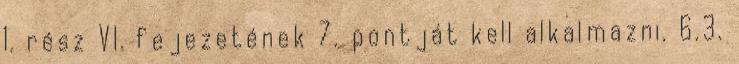
1. rész VI. fejezetének 7. pontját kell alkalmazni. 6.3.